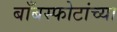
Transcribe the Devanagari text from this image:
बाँबस्फोटांच्या